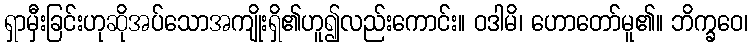
ရှာမှီးခြင်းဟုဆိုအပ်သောအကျိုးရှိ၏ဟူ၍လည်းကောင်း။ ဝဒါမိ၊ ဟောတော်မူ၏။ ဘိက္ခဝေ၊